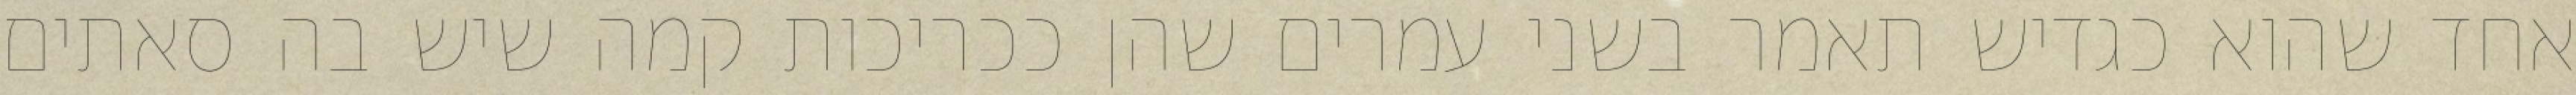
אחד שהוא כגדיש תאמר בשני עמרים שהן ככריכות קמה שיש בה סאתים